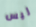
ليس